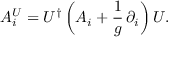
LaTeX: A _ { i } ^ { U } = U ^ { \dagger } \left( A _ { i } + \frac { 1 } { g } \, \partial _ { i } \right) U .